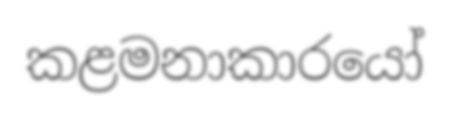
කළමනාකාරයෝ